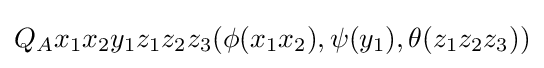
Q_{A}x_{1}x_{2}y_{1}z_{1}z_{2}z_{3}(\phi (x_{1}x_{2}),\psi (y_{1}),\theta (z_{1}z_{2}z_{3}))